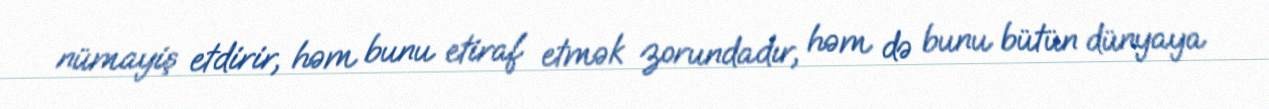
nümayiş etdirir, həm bunu etiraf etmək zorundadır, həm də bunu bütün dünyaya